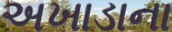
અખાડાના